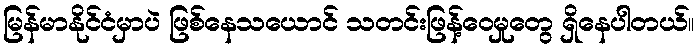
မြန်မာနိုင်ငံမှာပဲ ဖြစ်နေသယောင် သတင်းဖြန့်ဝေမှုတွေ ရှိနေပါတယ်။